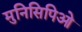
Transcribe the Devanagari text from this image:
मुनिसिपिओ